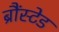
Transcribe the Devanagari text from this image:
ब्रौंस्टेड